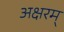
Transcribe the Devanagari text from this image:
अक्षरम्